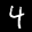
Label: 4